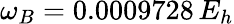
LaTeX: \omega_{B}=0.0009728\, E_{h}